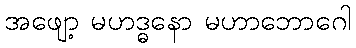
အဖျော့ မဟဒ္ဓနော မဟာဘောဂေါ